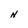
Character: N